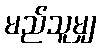
မည်သူမျှ